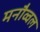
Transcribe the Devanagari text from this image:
मनौव्वल